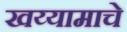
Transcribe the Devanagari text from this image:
खय्यामाचे